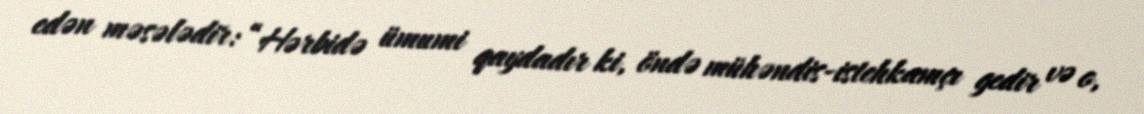
edən məsələdir: “Hərbidə ümumi qaydadır ki, öndə mühəndis-istehkamçı gedir və o,